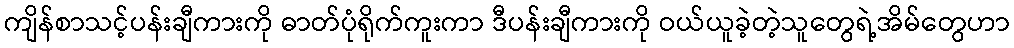
ကျိန်စာသင့်ပန်းချီကားကို ဓာတ်ပုံရိုက်ကူးကာ ဒီပန်းချီကားကို ဝယ်ယူခဲ့တဲ့သူတွေရဲ့အိမ်တွေဟာ